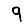
Digit: 9